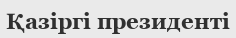
Қазіргі президенті